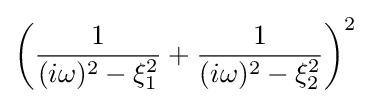
\left({\frac {1}{(i\omega )^{2}-\xi _{1}^{2}}}+{\frac {1}{(i\omega )^{2}-\xi _{2}^{2}}}\right)^{2}